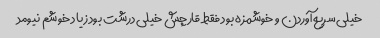
خیلی سریع آوردن و خوشمزه بود فقط قارچش خیلی درشت بود زیاد خوشم نیومد